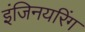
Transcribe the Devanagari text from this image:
इंजिनयरिंग